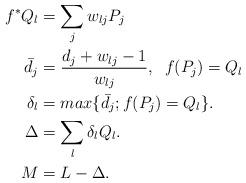
LaTeX: \begin{align*}f^*Q_l &= \sum_jw_{lj}P_j \\ \bar{d_j} &=\frac{d_j+w_{lj}-1}{w_{lj}},\; \; f(P_j)=Q_l \\\delta_l &= max\{ \bar{d_j}; f(P_j)=Q_l \}.\\\Delta &= \sum_l \delta_l Q_l .\\M &= L-\Delta .\\\end{align*}